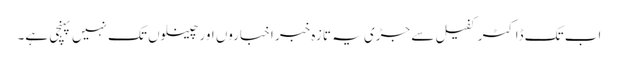
اب تک ڈاکٹر کفیل سے جڑی یہ تازہ خبر اخباروں اور چینلوں تک نہیں پہنچی ہے۔